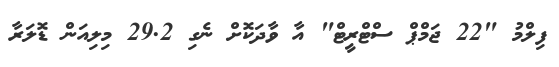
ފިލްމު "22 ޖަމްޕް ސްޓްރީޓް" އާ ވާދަކޮށް ނެގި 29.2 މިލިއަން ޑޮލަރާ